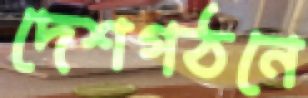
দেশগঠনে